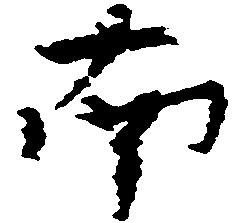
南